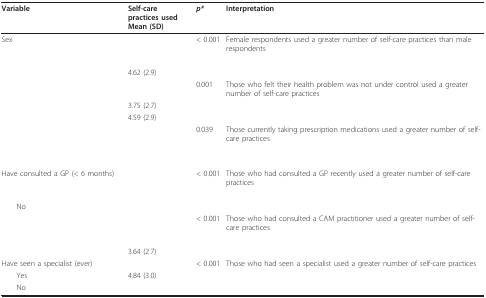
<table><thead><tr><td><b>Variable</b></td><td><b>Self-care practices usedMean (SD)</b></td><td><b><i>p*</i></b></td><td><b>Interpretation</b></td></tr></thead><tbody><tr><td>Sex</td><td>[EMPTY_CELL]</td><td>&lt; 0.001</td><td>Female respondents used a greater number of self-care practices than male respondents</td></tr><tr><td>[EMPTY_CELL]</td><td>[EMPTY_CELL]</td><td>[EMPTY_CELL]</td><td>[EMPTY_CELL]</td></tr><tr><td>[EMPTY_CELL]</td><td>4.62 (2.9)</td><td>[EMPTY_CELL]</td><td>[EMPTY_CELL]</td></tr><tr><td>[EMPTY_CELL]</td><td>[EMPTY_CELL]</td><td>0.001</td><td>Those who felt their health problem was not under control used a greater number of self-care practices</td></tr><tr><td>[EMPTY_CELL]</td><td>3.75 (2.7)</td><td>[EMPTY_CELL]</td><td>[EMPTY_CELL]</td></tr><tr><td>[EMPTY_CELL]</td><td>4.59 (2.9)</td><td>[EMPTY_CELL]</td><td>[EMPTY_CELL]</td></tr><tr><td>[EMPTY_CELL]</td><td>[EMPTY_CELL]</td><td>0.039</td><td>Those currently taking prescription medications used a greater number of self-care practices</td></tr><tr><td>[EMPTY_CELL]</td><td>[EMPTY_CELL]</td><td>[EMPTY_CELL]</td><td>[EMPTY_CELL]</td></tr><tr><td>[EMPTY_CELL]</td><td>[EMPTY_CELL]</td><td>[EMPTY_CELL]</td><td>[EMPTY_CELL]</td></tr><tr><td>Have consulted a GP (&lt; 6 months)</td><td>[EMPTY_CELL]</td><td>&lt; 0.001</td><td>Those who had consulted a GP recently used a greater number of self-care practices</td></tr><tr><td>[EMPTY_CELL]</td><td>[EMPTY_CELL]</td><td>[EMPTY_CELL]</td><td>[EMPTY_CELL]</td></tr><tr><td> No</td><td>[EMPTY_CELL]</td><td>[EMPTY_CELL]</td><td>[EMPTY_CELL]</td></tr><tr><td>[EMPTY_CELL]</td><td>[EMPTY_CELL]</td><td>&lt; 0.001</td><td>Those who had consulted a CAM practitioner used a greater number of self-care practices</td></tr><tr><td>[EMPTY_CELL]</td><td>[EMPTY_CELL]</td><td>[EMPTY_CELL]</td><td>[EMPTY_CELL]</td></tr><tr><td>[EMPTY_CELL]</td><td>3.64 (2.7)</td><td>[EMPTY_CELL]</td><td>[EMPTY_CELL]</td></tr><tr><td>Have seen a specialist (ever)</td><td>[EMPTY_CELL]</td><td>&lt; 0.001</td><td>Those who had seen a specialist used a greater number of self-care practices</td></tr><tr><td> Yes</td><td>4.84 (3.0)</td><td>[EMPTY_CELL]</td><td>[EMPTY_CELL]</td></tr><tr><td> No</td><td>[EMPTY_CELL]</td><td>[EMPTY_CELL]</td><td>[EMPTY_CELL]</td></tr></tbody></table>